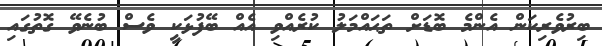
ބިރުވެރިކަން އެންމެ ބޮޑަށް ތަޙައްމަލު ކުރެއްވި އެއް ބޭފުޅަކީ ވެސް ބުނެވޭ ގޮތުގައި